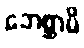
ဘေစ္ဆာမိ